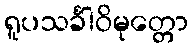
ရူပသင်္ခါဝိမုတ္တော